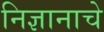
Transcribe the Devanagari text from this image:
निज्ञानाचे